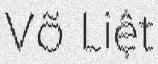
Võ Liệt